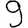
Digit: 9